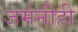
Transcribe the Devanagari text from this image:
जर्मनीही